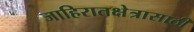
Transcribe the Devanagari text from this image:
जाहिरातक्षेत्रासाठी